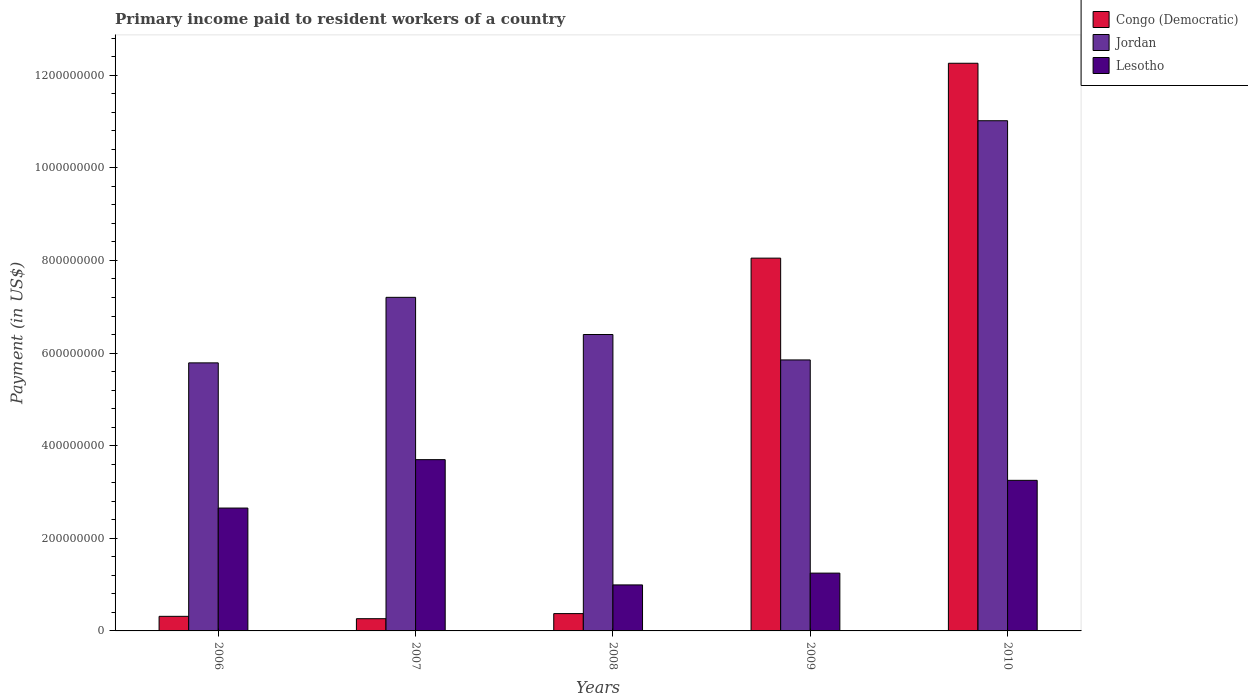
| Years | Congo (Democratic) | Jordan | Lesotho |
 | --- | --- | --- | --- |
 | 2006 | 3.15e+07 | 5.79e+08 | 2.65e+08 |
 | 2007 | 2.64e+07 | 7.2e+08 | 3.7e+08 |
 | 2008 | 3.74e+07 | 6.4e+08 | 9.93e+07 |
 | 2009 | 8.05e+08 | 5.85e+08 | 1.25e+08 |
 | 2010 | 1.23e+09 | 1.1e+09 | 3.25e+08 |